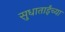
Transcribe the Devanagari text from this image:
सुधाताईंच्या